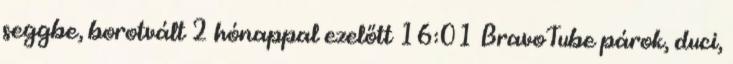
seggbe, borotvált 2 hónappal ezelőtt 16:01 BravoTube párok, duci,